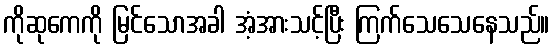
ကိုဆုကေကို မြင်သောအခါ အံ့အားသင့်ပြီး ကြက်သေသေနေသည်။